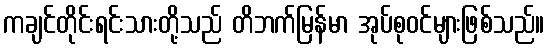
ကချင်တိုင်းရင်းသားတို့သည် တိဘက်မြန်မာ အုပ်စုဝင်များဖြစ်သည်။